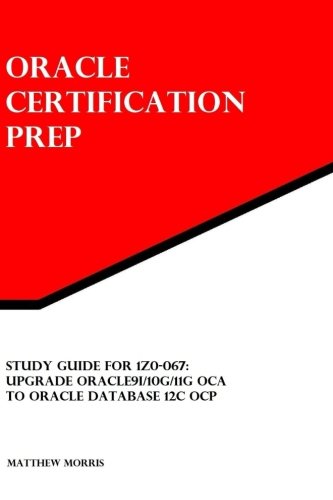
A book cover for Study Guide for 1Z0-067: Upgrade Oracle9i/10g/11g OCA to Oracle Database 12c OCP: Oracle Certification Prep; Matthew Morris; Computers & Technology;